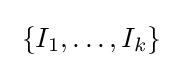
\;\{I_{1},\ldots ,I_{k}\}